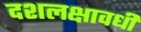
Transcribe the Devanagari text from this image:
दशलक्षावधी